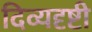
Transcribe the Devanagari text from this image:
दिव्यदृष्टी